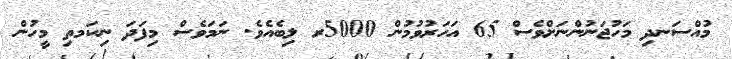
މުއްސަނދި މަހުޖަނުންނަށްވެސް 65 އަހަރުވުމުން 5000ރ ލިބެއެވެ. ނަމަވެސް މިފަދަ ނިކަމތި މީހުން